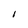
Character: I